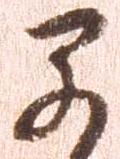
早